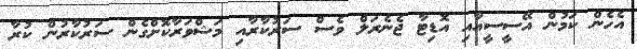
އެހެން ކަމުން އޭސީސީއާއި އޮޑިޓާ ޖެނެރަލް ވެސް ސަރުކާރާއި މަޝްވަރާކޮށްގެން ސަރުކާރުން ކުރާ